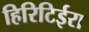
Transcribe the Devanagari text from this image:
हिरिटिईरा